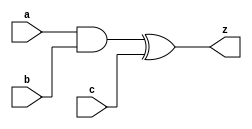
module toffoli_gate(output z, input a, input b, input c);
    assign z = (a & b) ^ c;
endmodule